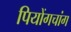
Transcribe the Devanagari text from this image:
पियोंगचांग